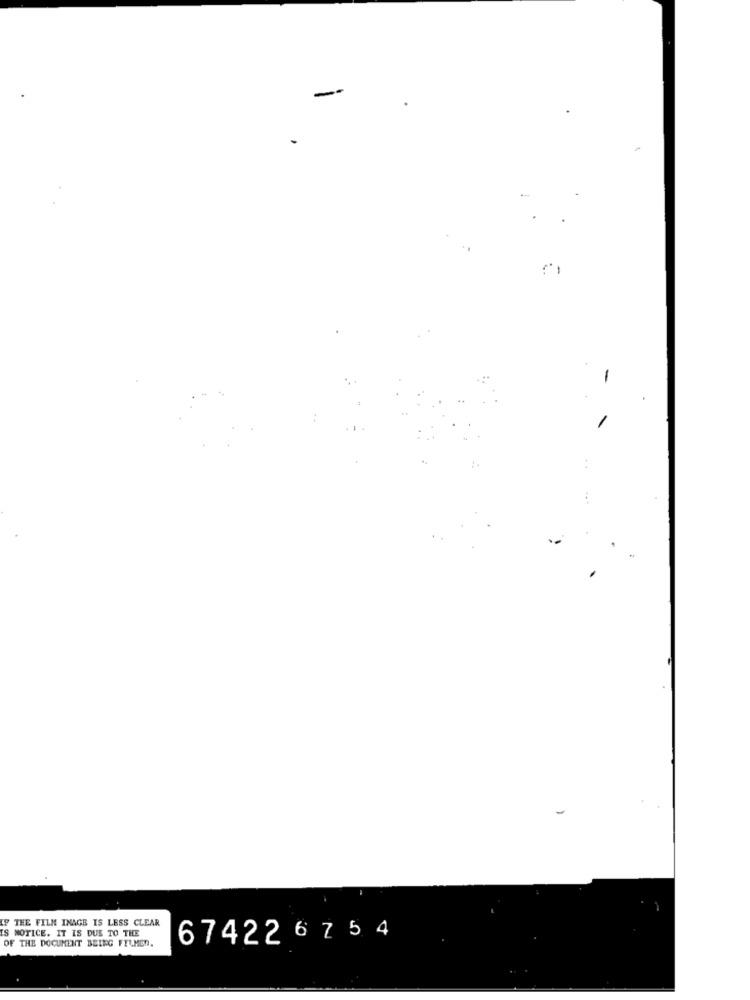
-
-
IF THE FILM INAGE IS LESS CLEAR
IS NOTICE. IT IS DUE TO THE
OF THE DOCUMENT BEING FILMEN.
67422 6 7 5 4